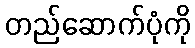
တည်ဆောက်ပုံကို